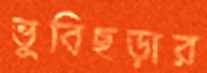
ভুবিছড়ার